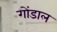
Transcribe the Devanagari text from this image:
गोंडाल